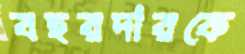
বহরদারকে